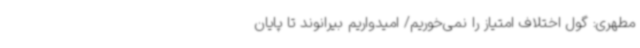
مطهری: گول اختلاف امتیاز را نمی‌خوریم/ امیدواریم بیرانوند تا پایان